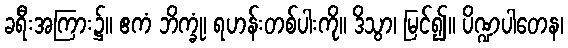
ခရီးအကြား၌။ ဧကံ ဘိက္ခုံ၊ ရဟန်းတစ်ပါးကို။ ဒိသွာ၊ မြင်၍။ ပိဏ္ဍပါတေန၊